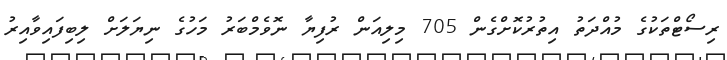
ރިސޯޓްތަކުގެ މުއްދަތު އިތުރުކޮށްގެން 705 މިލިއަން ރުފިޔާ ނޮވެމްބަރު މަހުގެ ނިޔަލަށް ލިބިފައިވާއިރު